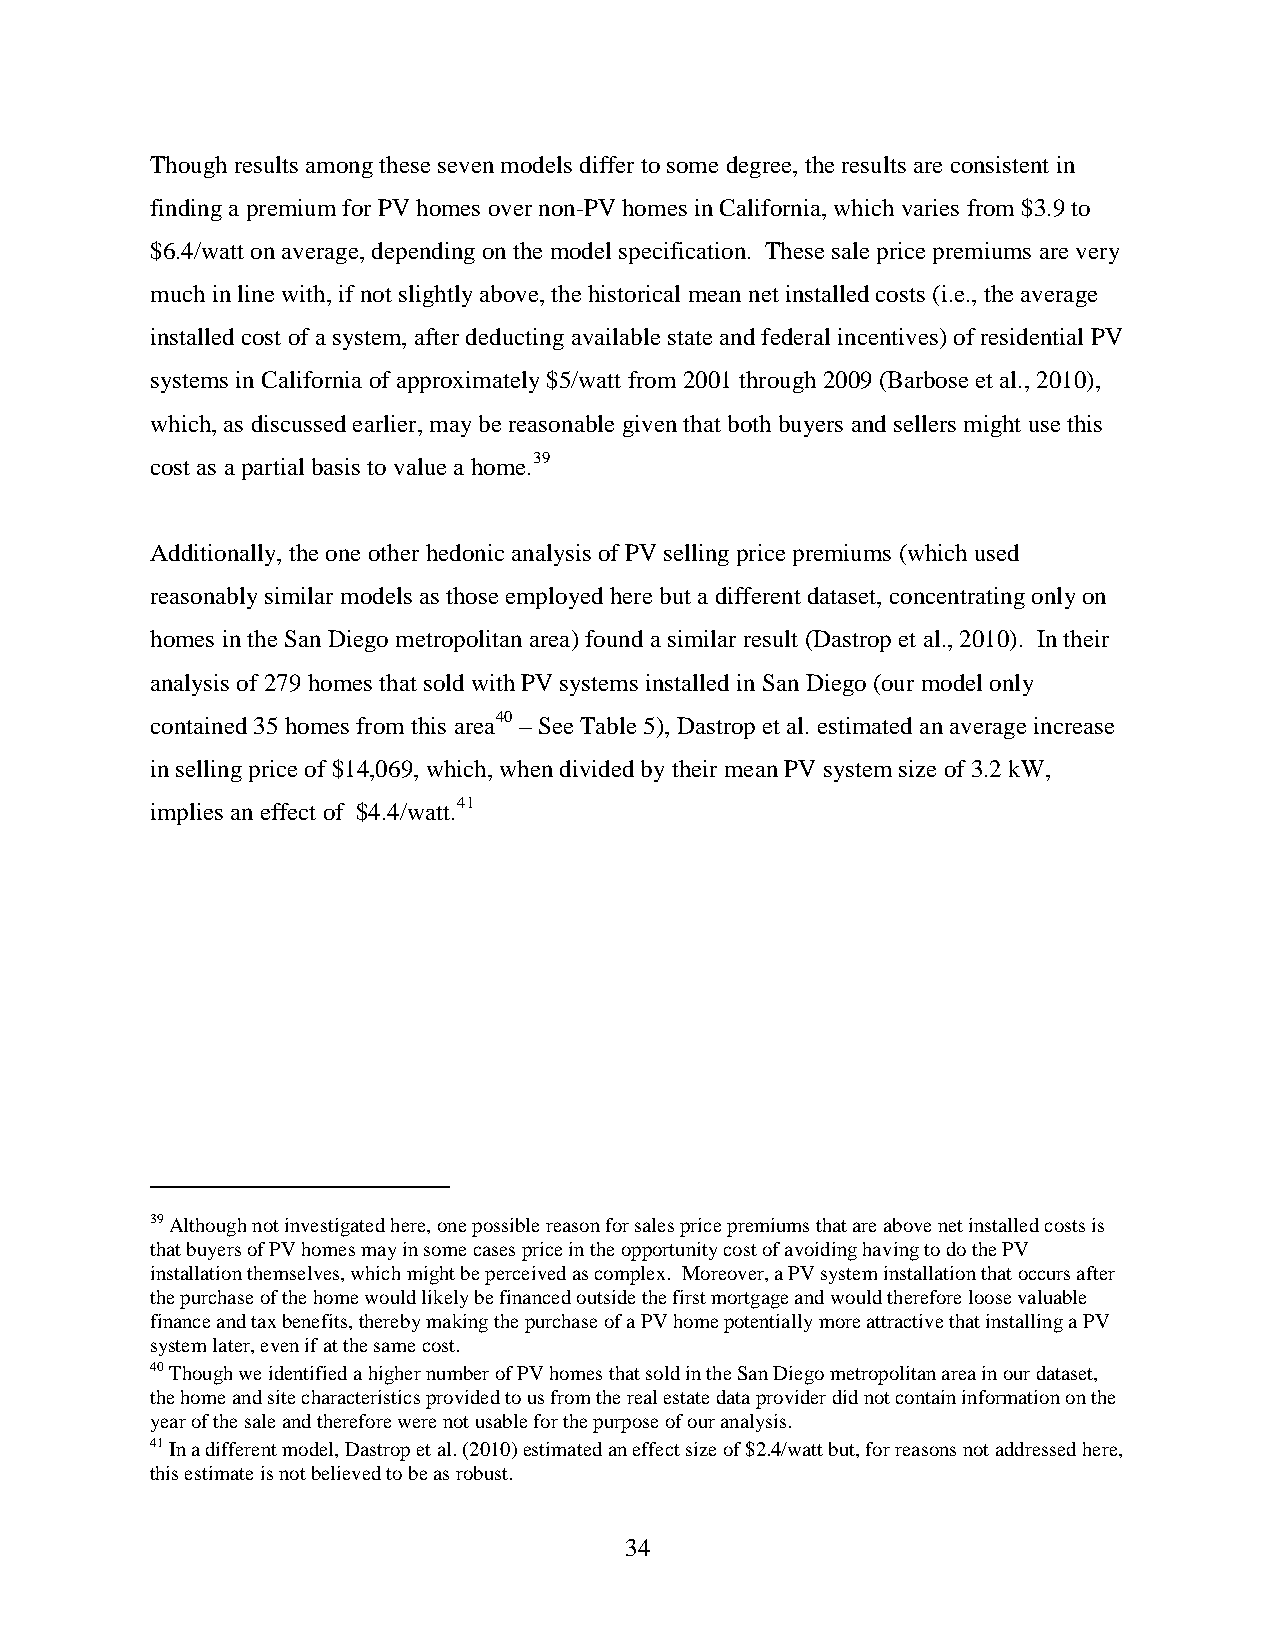
Though results among these seven models differ to some degree, the results are consistent in
 finding a premium for PV homes over non-PV homes in California, which varies from $3.9 to
 $6.4/watt on average, depending on the model specification. These sale price premiums are very
 much in line with, if not slightly above, the historical mean net installed costs (i.e., the average
 installed cost of a system, after deducting available state and federal incentives) of residential PV
 systems in California of approximately $5/watt from 2001 through 2009 (Barbose et al., 2010),
 which, as discussed earlier, may be reasonable given that both buyers and sellers might use this
 cost as a partial basis to value a home.39
 Additionally, the one other hedonic analysis of PV selling price premiums (which used
 reasonably similar models as those employed here but a different dataset, concentrating only on
 homes in the San Diego metropolitan area) found a similar result (Dastrop et al., 2010). In their
 analysis of 279 homes that sold with PV systems installed in San Diego (our model only
 contained 35 homes from this area40 – See Table 5), Dastrop et al. estimated an average increase
 in selling price of $14,069, which, when divided by their mean PV system size of 3.2 kW,
 implies an effect of $4.4/watt.41
 39 Although not investigated here, one possible reason for sales price premiums that are above net installed costs is
 that buyers of PV homes may in some cases price in the opportunity cost of avoiding having to do the PV
 installation themselves, which might be perceived as complex. Moreover, a PV system installation that occurs after
 the purchase of the home would likely be financed outside the first mortgage and would therefore loose valuable
 finance and tax benefits, thereby making the purchase of a PV home potentially more attractive that installing a PV
 system later, even if at the same cost.
 40 Though we identified a higher number of PV homes that sold in the San Diego metropolitan area in our dataset,
 the home and site characteristics provided to us from the real estate data provider did not contain information on the
 year of the sale and therefore were not usable for the purpose of our analysis.
 41 In a different model, Dastrop et al. (2010) estimated an effect size of $2.4/watt but, for reasons not addressed here,
 this estimate is not believed to be as robust.
 34